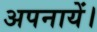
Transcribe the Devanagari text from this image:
अपनायें।